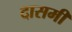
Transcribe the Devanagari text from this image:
दासमी